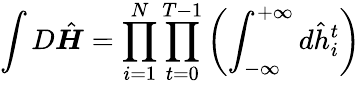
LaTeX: \int{D}\hat{\boldsymbol{H}}=\prod_{i=1}^{N}\prod_{t=0}^{T-1}\left(\int_{-\infty}^{+\infty}d\hat{h}_{i}^{t}\right)